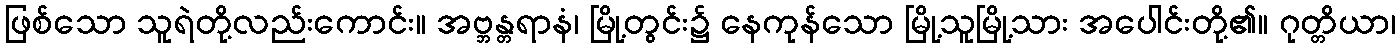
ဖြစ်သော သူရဲတို့လည်းကောင်း။ အဗ္ဘန္တရာနံ၊ မြို့တွင်း၌ နေကုန်သော မြို့သူမြို့သား အပေါင်းတို့၏။ ဂုတ္တိယာ၊